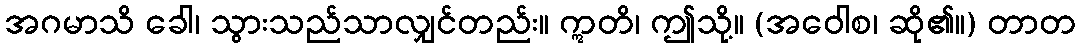
အဂမာသိ ခေါ၊ သွားသည်သာလျှင်တည်း။ ဣတိ၊ ဤသို့။ (အဝေါစ၊ ဆို၏။) တာတ